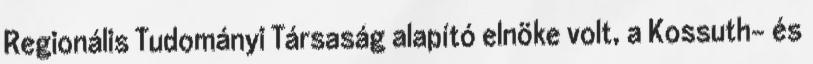
Regionális Tudományi Társaság alapító elnöke volt, a Kossuth- és